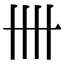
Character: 卌